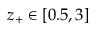
z _ { + } \in [ 0 . 5 , 3 ]